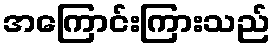
အကြောင်းကြားသည်